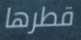
قطرها